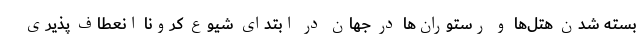
بسته شدن هتل‌ها و رستوران‌ها در جهان در ابتدای شیوع کرونا انعطاف پذیری